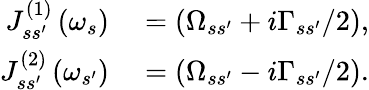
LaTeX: \begin{array}{rl}{J_{ss^{\prime}}^{\left(1\right)}\left(\omega_{s}\right)}&{{}=\left(\Omega_{ss^{\prime}}+i\Gamma_{ss^{\prime}}/2\right),}\\ {J_{ss^{\prime}}^{\left(2\right)}\left(\omega_{s^{\prime}}\right)}&{{}=\left(\Omega_{ss^{\prime}}-i\Gamma_{ss^{\prime}}/2\right).}\end{array}